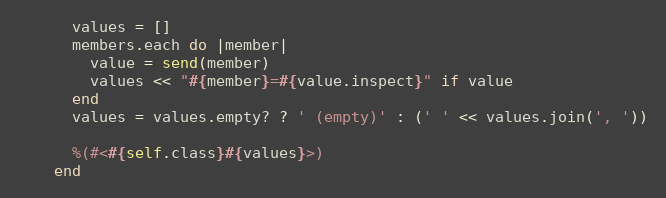
Language: Ruby
      values = []
      members.each do |member|
        value = send(member)
        values << "#{member}=#{value.inspect}" if value
      end
      values = values.empty? ? ' (empty)' : (' ' << values.join(', '))

      %(#<#{self.class}#{values}>)
    end